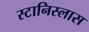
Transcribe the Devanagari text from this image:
स्टानिस्लास